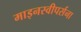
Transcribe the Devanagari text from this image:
माइनस्वीपर्सना